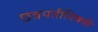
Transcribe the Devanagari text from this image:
छत्रपतींविषयी